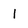
Character: l